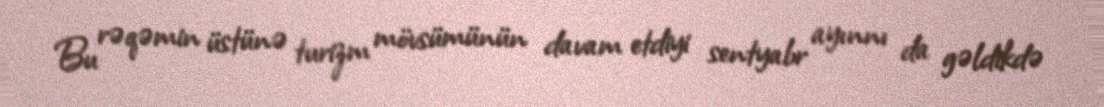
Bu rəqəmin üstünə turizm mövsümünün davam etdiyi sentyabr ayınnı da gəldikdə